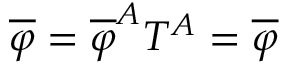
\overline { { { \varphi } } } = \overline { { { \varphi } } } ^ { A } T ^ { A } = \overline { { { \varphi } } }